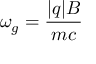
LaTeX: \omega _ { g } = { \frac { | q | B } { m c } }